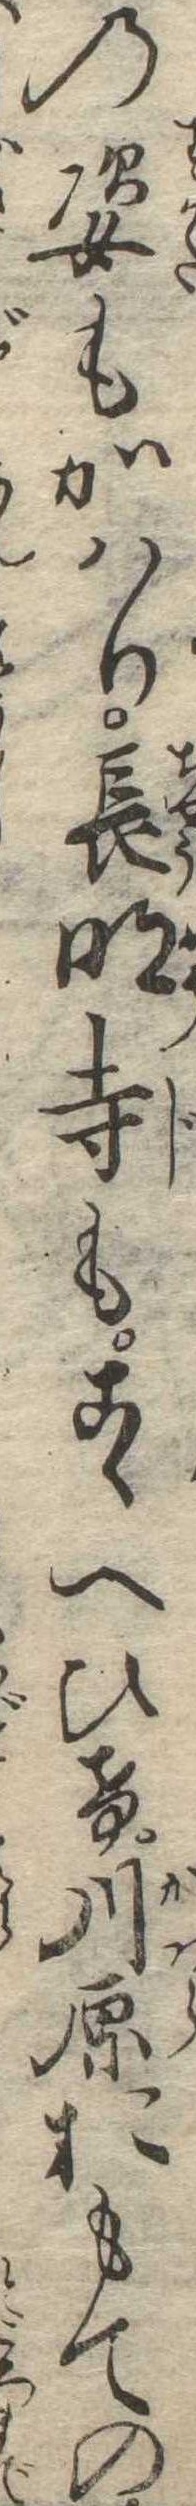
の姿もかはり長明寺もこゝへひけ川原おもての